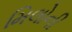
મિલોની